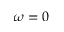
\omega = 0